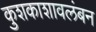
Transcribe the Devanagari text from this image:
कुशकाशावलंबन